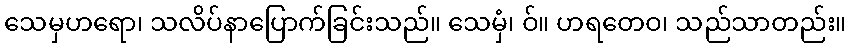
သေမှဟရော၊ သလိပ်နာပြောက်ခြင်းသည်။ သေမှံ၊ ဝ်။ ဟရတေဝ၊ သည်သာတည်း။